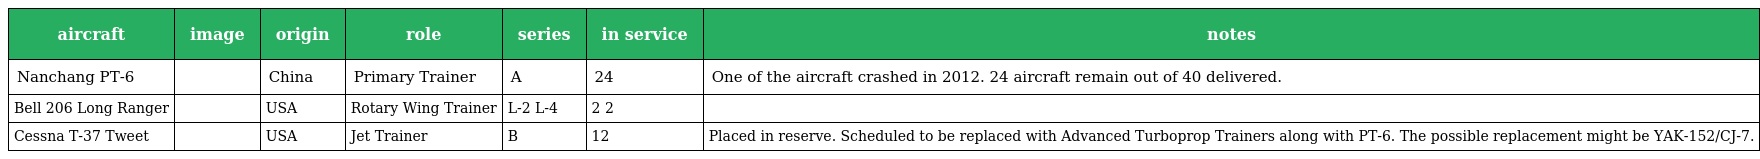
| aircraft | image | origin | role | series | in service | notes |
 | --- | --- | --- | --- | --- | --- | --- |
 | Nanchang PT-6 |  | China | Primary Trainer | A | 24 | One of the aircraft crashed in 2012. 24 aircraft remain out of 40 delivered. |
 | Bell 206 Long Ranger |  | USA | Rotary Wing Trainer | L-2 L-4 | 2 2 |  |
 | Cessna T-37 Tweet |  | USA | Jet Trainer | B | 12 | Placed in reserve. Scheduled to be replaced with Advanced Turboprop Trainers along with PT-6. The possible replacement might be YAK-152/CJ-7. |